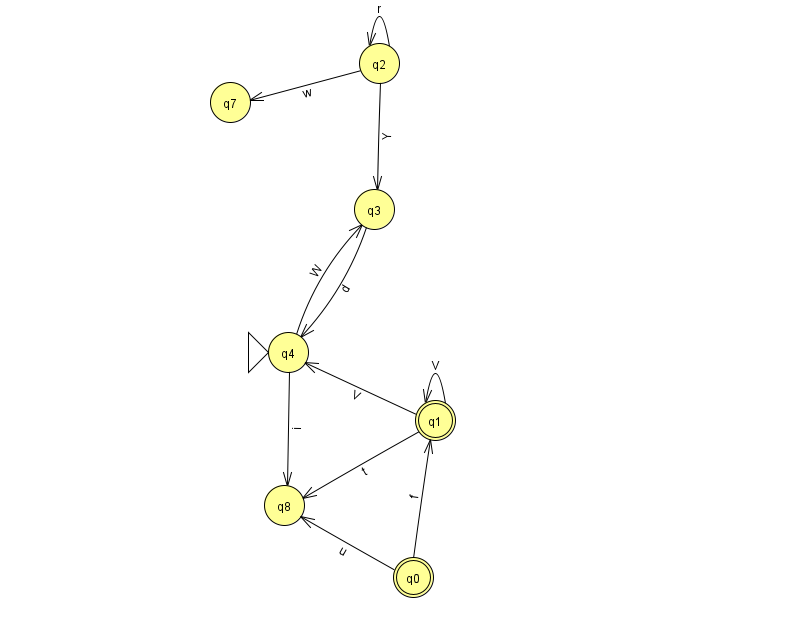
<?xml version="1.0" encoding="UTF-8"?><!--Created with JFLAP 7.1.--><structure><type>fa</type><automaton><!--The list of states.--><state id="0" name="q0"><x>413.0</x><y>564.0</y><final/></state><state id="1" name="q1"><x>435.0</x><y>407.0</y><final/></state><state id="2" name="q2"><x>379.0</x><y>50.0</y></state><state id="3" name="q3"><x>374.0</x><y>196.0</y></state><state id="4" name="q4"><x>288.0</x><y>339.0</y><initial/></state><state id="7" name="q7"><x>230.0</x><y>89.0</y></state><state id="8" name="q8"><x>284.0</x><y>492.0</y></state><!--The list of transitions.--><transition><from>2</from><to>2</to><read>r</read></transition><transition><from>2</from><to>3</to><read>Y</read></transition><transition><from>0</from><to>8</to><read>u</read></transition><transition><from>1</from><to>1</to><read>V</read></transition><transition><from>1</from><to>8</to><read>t</read></transition><transition><from>0</from><to>1</to><read>f</read></transition><transition><from>3</from><to>4</to><read>d</read></transition><transition><from>4</from><to>3</to><read>W</read></transition><transition><from>1</from><to>4</to><read>V</read></transition><transition><from>2</from><to>7</to><read>w</read></transition><transition><from>4</from><to>8</to><read>i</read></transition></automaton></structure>